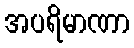
အပရိမာဏာ